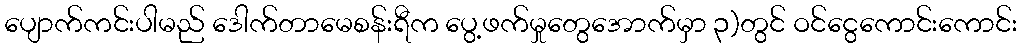
ပျောက်ကင်းပါမည် ဒေါက်တာမေစန်းရီက ပွေ့ဖက်မှုတွေအောက်မှာ ၃)တွင် ဝင်ငွေကောင်းကောင်း